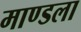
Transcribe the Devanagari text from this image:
माण्डला